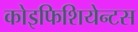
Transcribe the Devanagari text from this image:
कोइफिशियेन्‍टस